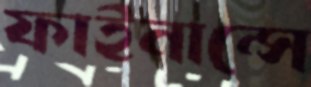
ফাইনান্সে